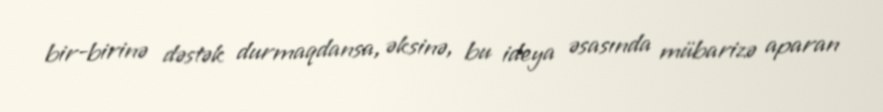
bir-birinə dəstək durmaqdansa, əksinə, bu ideya əsasında mübarizə aparan